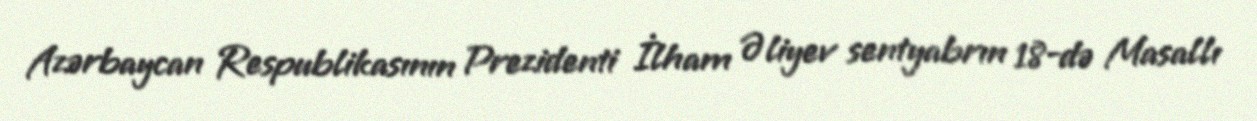
Azərbaycan Respublikasının Prezidenti İlham Əliyev sentyabrın 18-də Masallı